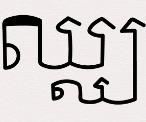
ឈ្ឈ